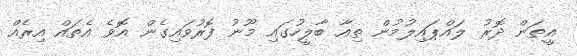
އީތަން ދޮރު ލައްޕައިލުމުން ތިއާ ބާލީހުގައި މޫނު ފޮރުވައިގެން އޮވެ އެތައް އިރެއް